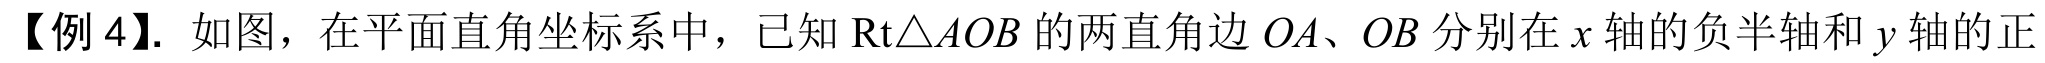
【例4】. 如图，在平面直角坐标系中，已知\(\text{Rt}\triangle AOB\)的两直角边\(OA、OB\)分别在\(x\)轴的负半轴和\(y\)轴的正